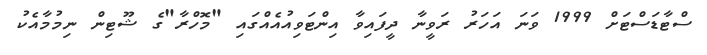
ސްޓާޑަސްޓަށް 1999 ވަނަ އަހަރު ރަވީނާ ދީފައިވާ އިންޓަވިއުއެއްގައި "މޮހްރާ"ގެ ޝޫޓިން ނިމުމާއެކު